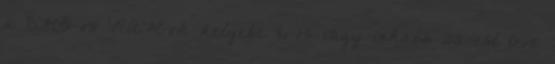
a 8MB-os RAM-ok helyebe 16-os vagy inkabb 32-est teve